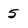
Character: 5